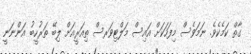
ގާތް ކަމެކެވެ. ނަމަވެސް މިފަހަކަށް އައިސް މަލްޓިވަރސް ތިއަރީއަށް ލިބޭ ތަރުހީބު އަންނަނީ